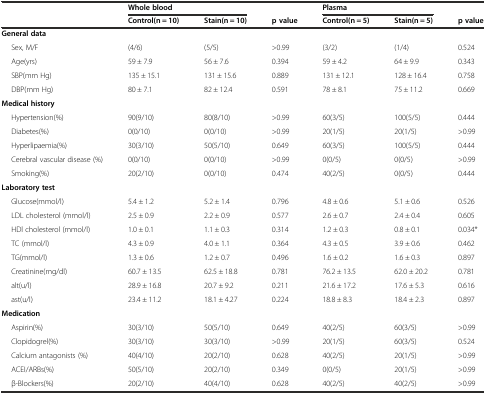
<table><thead><tr><td></td><td colspan="2"><b>Whole blood</b></td><td></td><td colspan="2"><b>Plasma</b></td><td></td></tr><tr><td></td><td><b>Control(n = 10)</b></td><td><b>Stain(n = 10)</b></td><td><b>p value</b></td><td><b>Control(n = 5)</b></td><td><b>Stain(n = 5)</b></td><td><b>p value</b></td></tr></thead><tbody><tr><td><b>General data</b></td><td></td><td></td><td></td><td></td><td></td><td></td></tr><tr><td>Sex, M/F</td><td>(4/6)</td><td>(5/5)</td><td>&gt;0.99</td><td>(3/2)</td><td>(1/4)</td><td>0.524</td></tr><tr><td>Age(yrs)</td><td>59 ± 7.9</td><td>56 ± 7.6</td><td>0.394</td><td>59 ± 4.2</td><td>64 ± 9.9</td><td>0.343</td></tr><tr><td>SBP(mm Hg)</td><td>135 ± 15.1</td><td>131 ± 15.6</td><td>0.889</td><td>131 ± 12.1</td><td>128 ± 16.4</td><td>0.758</td></tr><tr><td>DBP(mm Hg)</td><td>80 ± 7.1</td><td>82 ± 12.4</td><td>0.591</td><td>78 ± 8.1</td><td>75 ± 11.2</td><td>0.669</td></tr><tr><td><b>Medical history</b></td><td></td><td></td><td></td><td></td><td></td><td></td></tr><tr><td>Hypertension(%)</td><td>90(9/10)</td><td>80(8/10)</td><td>&gt;0.99</td><td>60(3/5)</td><td>100(5/5)</td><td>0.444</td></tr><tr><td>Diabetes(%)</td><td>0(0/10)</td><td>0(0/10)</td><td>&gt;0.99</td><td>20(1/5)</td><td>20(1/5)</td><td>&gt;0.99</td></tr><tr><td>Hyperlipaemia(%)</td><td>30(3/10)</td><td>50(5/10)</td><td>0.649</td><td>60(3/5)</td><td>100(5/5)</td><td>0.444</td></tr><tr><td>Cerebral vascular disease (%)</td><td>0(0/10)</td><td>0(0/10)</td><td>&gt;0.99</td><td>0(0/5)</td><td>0(0/5)</td><td>&gt;0.99</td></tr><tr><td>Smoking(%)</td><td>20(2/10)</td><td>0(0/10)</td><td>0.474</td><td>40(2/5)</td><td>0(0/5)</td><td>0.444</td></tr><tr><td><b>Laboratory test</b></td><td></td><td></td><td></td><td></td><td></td><td></td></tr><tr><td>Glucose(mmol/l)</td><td>5.4 ± 1.2</td><td>5.2 ± 1.4</td><td>0.796</td><td>4.8 ± 0.6</td><td>5.1 ± 0.6</td><td>0.526</td></tr><tr><td>LDL cholesterol (mmol/l)</td><td>2.5 ± 0.9</td><td>2.2 ± 0.9</td><td>0.577</td><td>2.6 ± 0.7</td><td>2.4 ± 0.4</td><td>0.605</td></tr><tr><td>HDl cholesterol (mmol/l)</td><td>1.0 ± 0.1</td><td>1.1 ± 0.3</td><td>0.314</td><td>1.2 ± 0.3</td><td>0.8 ± 0.1</td><td>0.034*</td></tr><tr><td>TC (mmol/l)</td><td>4.3 ± 0.9</td><td>4.0 ± 1.1</td><td>0.364</td><td>4.3 ± 0.5</td><td>3.9 ± 0.6</td><td>0.462</td></tr><tr><td>TG(mmol/l)</td><td>1.3 ± 0.6</td><td>1.2 ± 0.7</td><td>0.496</td><td>1.6 ± 0.2</td><td>1.6 ± 0.3</td><td>0.897</td></tr><tr><td>Creatinine(mg/dl)</td><td>60.7 ± 13.5</td><td>62.5 ± 18.8</td><td>0.781</td><td>76.2 ± 13.5</td><td>62.0 ± 20.2</td><td>0.781</td></tr><tr><td>alt(u/l)</td><td>28.9 ± 16.8</td><td>20.7 ± 9.2</td><td>0.211</td><td>21.6 ± 17.2</td><td>17.6 ± 5.3</td><td>0.616</td></tr><tr><td>ast(u/l)</td><td>23.4 ± 11.2</td><td>18.1 ± 4.27</td><td>0.224</td><td>18.8 ± 8.3</td><td>18.4 ± 2.3</td><td>0.897</td></tr><tr><td><b>Medication</b></td><td></td><td></td><td></td><td></td><td></td><td></td></tr><tr><td>Aspirin(%)</td><td>30(3/10)</td><td>50(5/10)</td><td>0.649</td><td>40(2/5)</td><td>60(3/5)</td><td>&gt;0.99</td></tr><tr><td>Clopidogrel(%)</td><td>30(3/10)</td><td>30(3/10)</td><td>&gt;0.99</td><td>20(1/5)</td><td>60(3/5)</td><td>0.524</td></tr><tr><td>Calcium antagonists (%)</td><td>40(4/10)</td><td>20(2/10)</td><td>0.628</td><td>40(2/5)</td><td>20(1/5)</td><td>&gt;0.99</td></tr><tr><td>ACEI/ARBs(%)</td><td>50(5/10)</td><td>20(2/10)</td><td>0.349</td><td>0(0/5)</td><td>20(1/5)</td><td>&gt;0.99</td></tr><tr><td>β-Blockers(%)</td><td>20(2/10)</td><td>40(4/10)</td><td>0.628</td><td>40(2/5)</td><td>40(2/5)</td><td>&gt;0.99</td></tr></tbody></table>